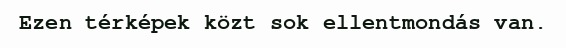
Ezen térképek közt sok ellentmondás van.